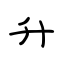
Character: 升